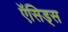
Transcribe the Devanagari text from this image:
ऍसिड्स